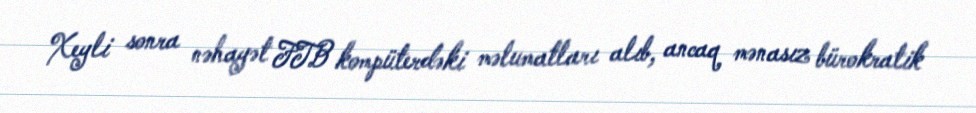
Xeyli sonra nəhayət FTB kompüterdəki məlumatları alıb, ancaq mənasız bürokratik